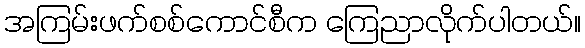
အကြမ်းဖက်စစ်ကောင်စီက ကြေညာလိုက်ပါတယ်။